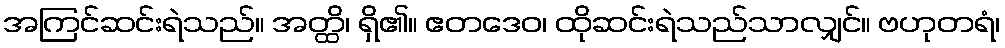
အကြင်ဆင်းရဲသည်။ အတ္ထိ၊ ရှိ၏။ ဧတဒေဝ၊ ထိုဆင်းရဲသည်သာလျှင်။ ဗဟုတရံ၊